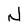
Character: N